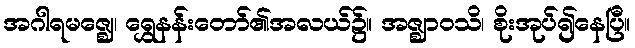
အဂါရမဇ္ဈေ၊ ရွှေနန်းတော်၏အလယ်၌။ အဇ္ဈာဝသိ၊ စိုးအုပ်၍နေပြီ။